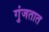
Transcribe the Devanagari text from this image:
गुंजतात